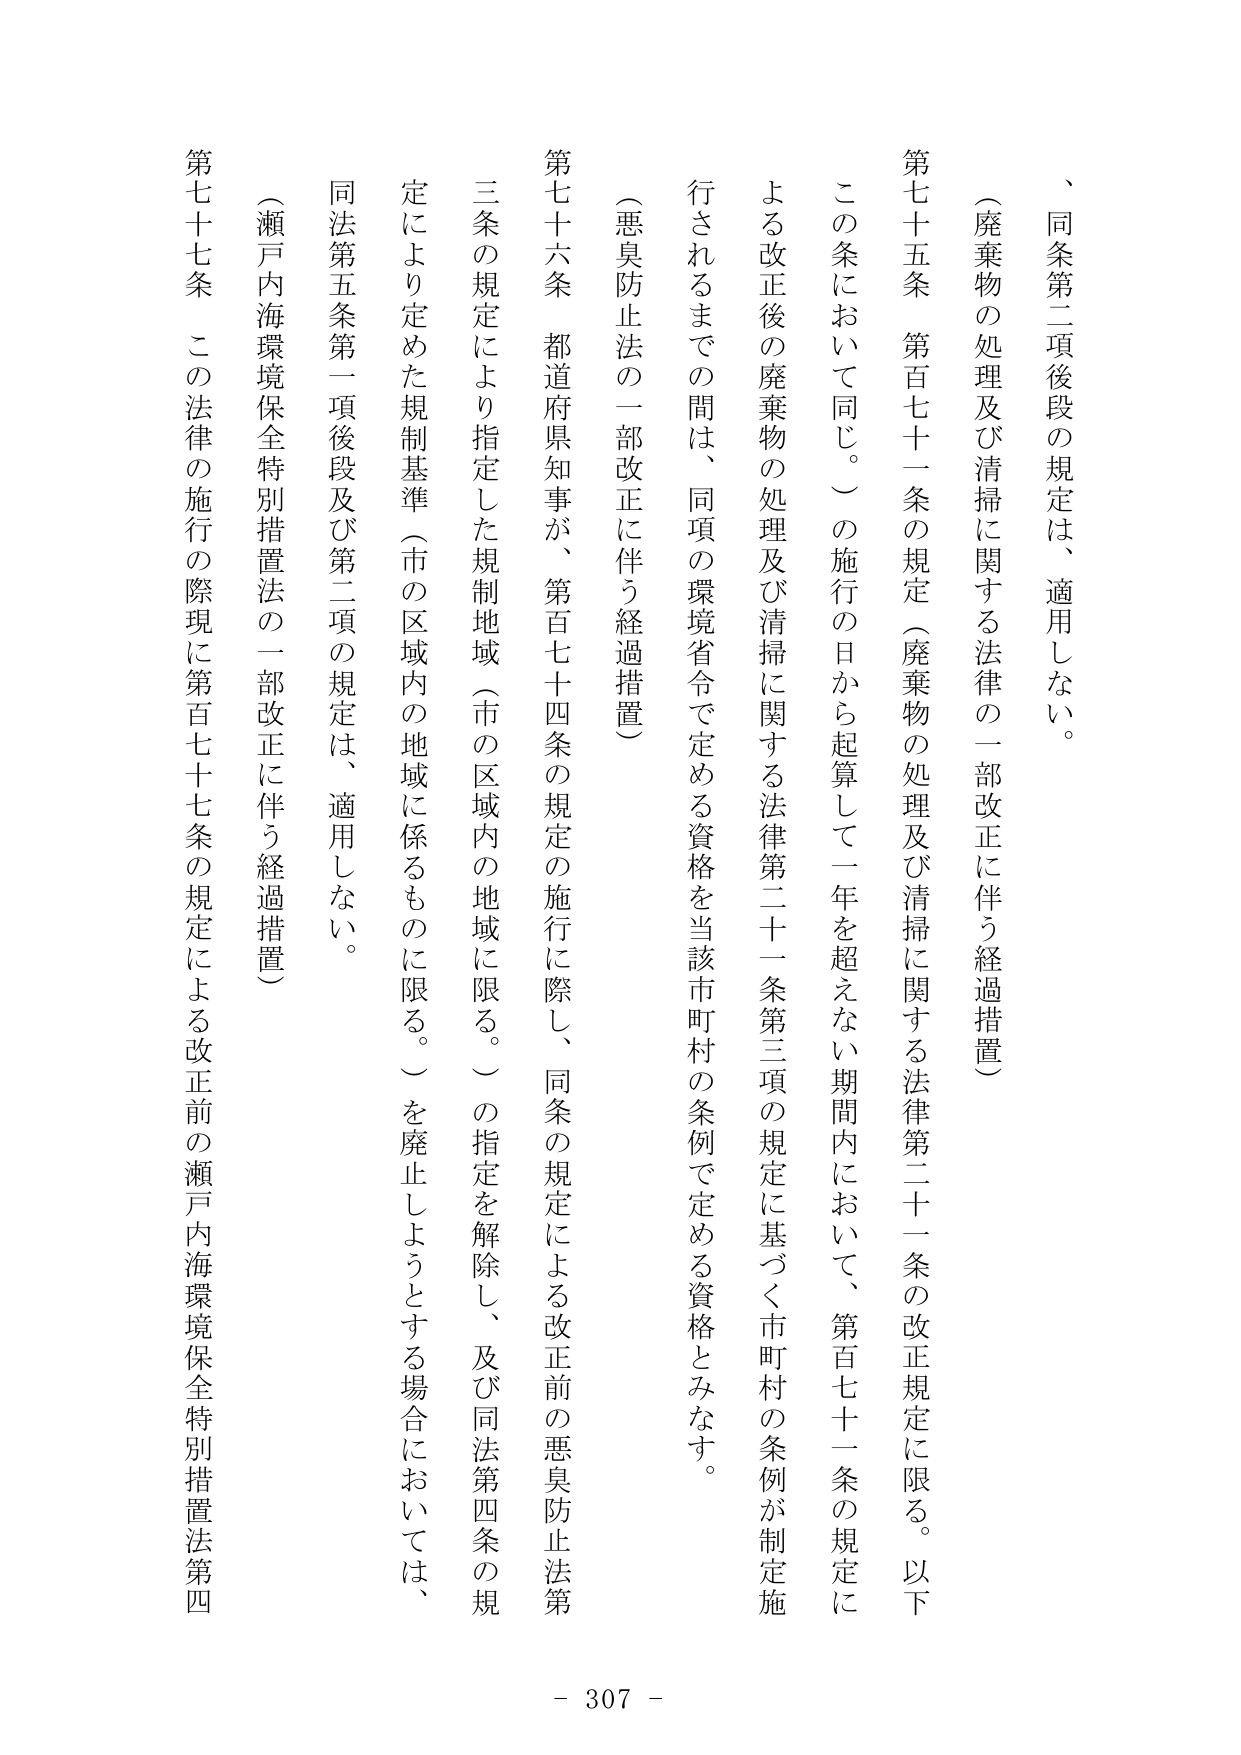
、同条第二項後段の規定は、適用しない。

（廃棄物の処理及び清掃に関する法律の一部改正に伴う経過措置）

第七十五条　第百七十一条の規定（廃棄物の処理及び清掃に関する法律第二十一条の改正規定に限る。以下この条において同じ。）の施行の日から起算して一年を超えない期間内において、第百七十一条の規定による改正後の廃棄物の処理及び清掃に関する法律第二十一条第三項の規定に基づく市町村の条例が制定施行されるまでの間は、同項の環境省令で定める資格を当該市町村の条例で定める資格とみなす。

（悪臭防止法の一部改正に伴う経過措置）

第七十六条　都道府県知事が、第百七十四条の規定の施行に際し、同条の規定による改正前の悪臭防止法第三条の規定により指定した規制地域（市の区域内の地域に限る。）の指定を解除し、及び同法第四条の規定により定めた規制基準（市の区域内の地域に係るものに限る。）を廃止しようとする場合においては、同法第五条第一項後段及び第二項の規定は、適用しない。

（瀬戸内海環境保全特別措置法の一部改正に伴う経過措置）

第七十七条　この法律の施行の際現に第百七十七条の規定による改正前の瀬戸内海環境保全特別措置法第四

- 307 -